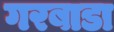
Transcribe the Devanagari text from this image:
गरबाडा